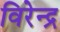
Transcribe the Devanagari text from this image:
विरेन्‍द्र